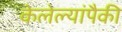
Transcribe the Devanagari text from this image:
केलेल्यांपैकी